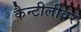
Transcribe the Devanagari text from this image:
कैन्टीलीवर